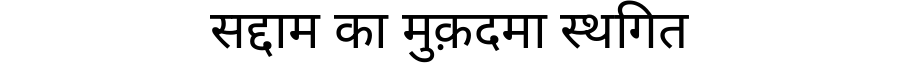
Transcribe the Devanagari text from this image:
सद्दाम का मुक़दमा स्थगित